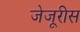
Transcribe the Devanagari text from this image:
जेजूरीस